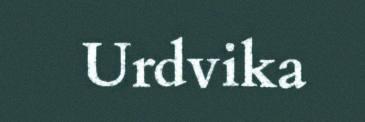
Urdvika